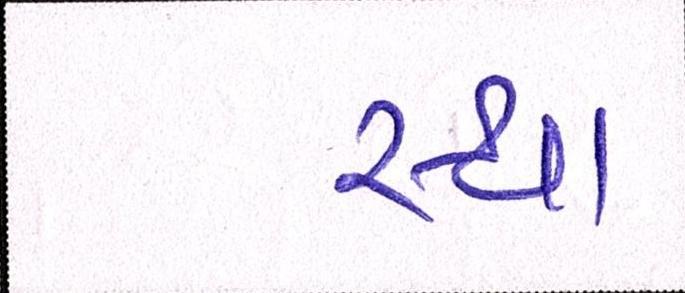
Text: સ્થા